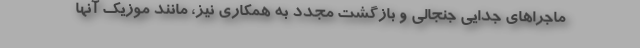
ماجراهای جدایی جنجالی و بازگشت مجدد به همکاری نیز، مانند موزیک آنها